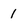
Character: 1